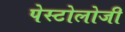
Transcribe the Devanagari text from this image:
पेस्टोलोजी